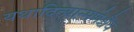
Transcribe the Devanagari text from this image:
यथादित्यान्मणेश्चैव